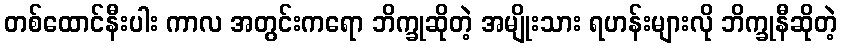
တစ်ထောင်နီးပါး ကာလ အတွင်းကရော ဘိက္ခုဆိုတဲ့ အမျိုးသား ရဟန်းများလို ဘိက္ခုနီဆိုတဲ့